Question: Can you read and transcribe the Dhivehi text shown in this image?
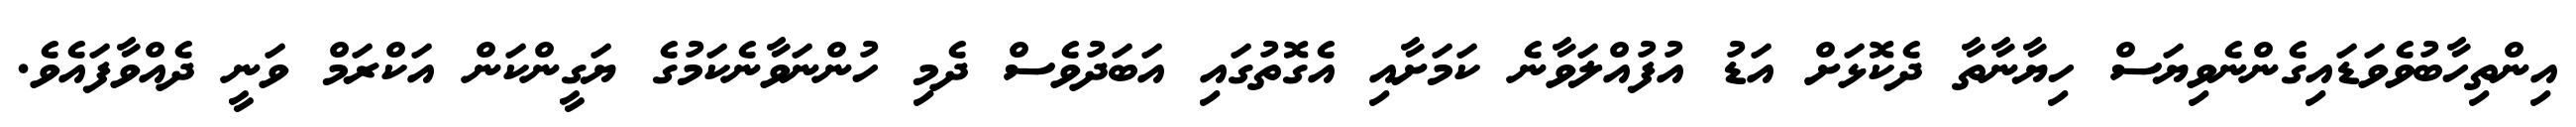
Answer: އިންތިހާބުވެވަޑައިގެންނެވިޔަސް ހިޔާނާތާ ދެކޮޅަށް އަޑު އުފުއްލަވާނެ ކަމަށާއި އެގޮތުގައި އަބަދުވެސް ދެމި ހުންނަވާނެކަމުގެ ޔަގީންކަން އަކްރަމް ވަނީ ދެއްވާފައެވެ.